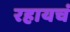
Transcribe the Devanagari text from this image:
रहायचं